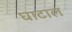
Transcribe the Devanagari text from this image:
घाटाल